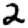
Digit: 2